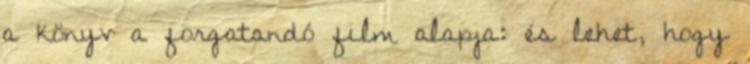
a könyv a forgatandó film alapja: és lehet, hogy